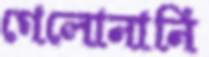
গেলোনানি